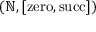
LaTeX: ( \mathbb { N } , [ \mathrm { z e r o } , \mathrm { s u c c } ] )